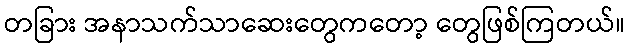
တခြား အနာသက်သာဆေးတွေကတော့ တွေဖြစ်ကြတယ်။